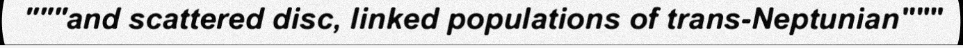
"""and scattered disc, linked populations of trans-Neptunian"""